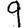
Digit: 9